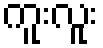
ကူးလူး